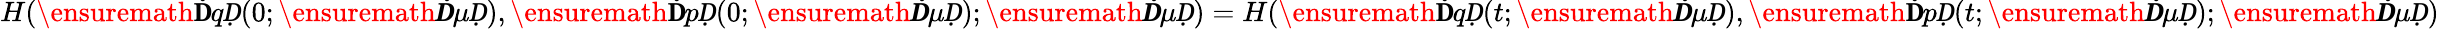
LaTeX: H(\ensuremath{\mathbf ḊqḌ}(0;\ensuremath{\boldsymbol Ḋ\mu Ḍ}),\ensuremath{\mathbf ḊpḌ}(0;\ensuremath{\boldsymbol Ḋ\mu Ḍ});\ensuremath{\boldsymbol Ḋ\mu Ḍ})=H(\ensuremath{\mathbf ḊqḌ}(t;\ensuremath{\boldsymbol Ḋ\mu Ḍ}),\ensuremath{\mathbf ḊpḌ}(t;\ensuremath{\boldsymbol Ḋ\mu Ḍ});\ensuremath{\boldsymbol Ḋ\mu Ḍ})